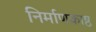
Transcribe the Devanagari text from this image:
निर्माणकाष्ठ